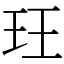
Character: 玨